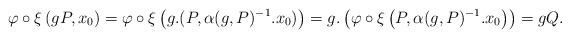
LaTeX: \begin{align*}\varphi\circ\xi\left(gP,x_{0}\right)=\varphi\circ\xi\left(g.(P,\alpha(g,P)^{-1}.x_{0})\right)=g.\left(\varphi\circ\xi\left(P,\alpha(g,P)^{-1}.x_{0}\right)\right)=gQ.\end{align*}